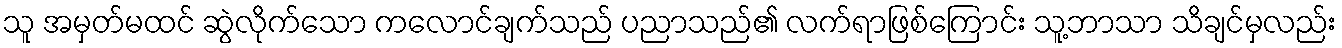
သူ အမှတ်မထင် ဆွဲလိုက်သော ကလောင်ချက်သည် ပညာသည်၏ လက်ရာဖြစ်ကြောင်း သူ့ဘာသာ သိချင်မှလည်း